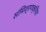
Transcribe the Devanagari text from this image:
संमिश्रणक्रिया